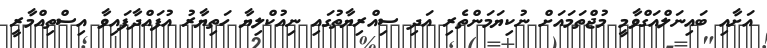
އަށާއި ބައިނަލްއަގްވާމީ މުޖްތަމައަށް ނުކިޔަމަންތެރި އަދި ސިއްރިޔާތުގައި ނިއުކްލިޔާ ހަތިޔާރު އުފައްދާފައިވާ އިސްތިއްމާރީ